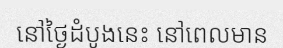
នៅថ្ងៃដំបូងនេះ នៅពេលមាន